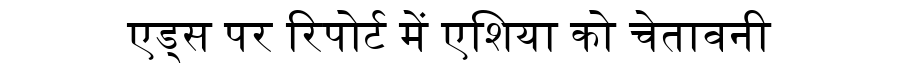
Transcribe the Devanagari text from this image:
एड्स पर रिपोर्ट में एशिया को चेतावनी